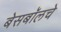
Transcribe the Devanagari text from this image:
बेसबॉलचे